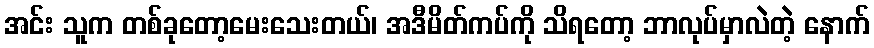
အင်း သူက တစ်ခုတော့မေးသေးတယ်၊ အဒီမိတ်ကပ်ကို သိရတော့ ဘာလုပ်မှာလဲတဲ့ နောက်